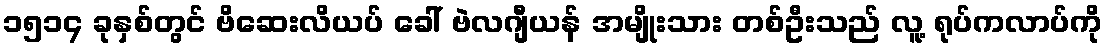
၁၅၁၄ ခုနှစ်တွင် ဗိဆေးလိယပ် ခေါ် ဗဲလဂျီယန် အမျိုးသား တစ်ဦးသည် လူ့ ရုပ်ကလာပ်ကို